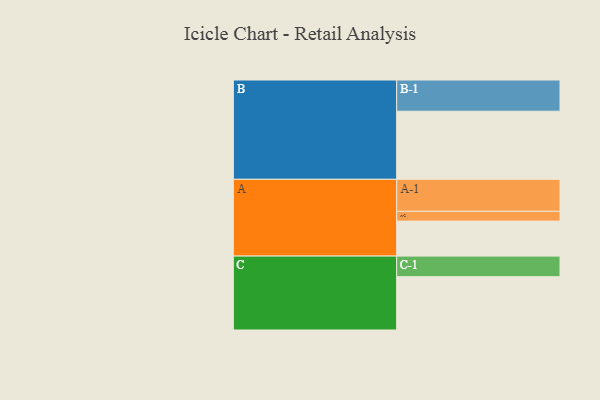
{"axis": {"x": "Segment", "y": "Value"}, "legend": ["", "A", "B", "C"], "data": [{"x": "A", "y": 307, "type": ""}, {"x": "B", "y": 598, "type": ""}, {"x": "C", "y": 468, "type": ""}, {"x": "A-1", "y": 281, "type": "A"}, {"x": "A-2", "y": 86, "type": "A"}, {"x": "B-1", "y": 274, "type": "B"}, {"x": "C-1", "y": 181, "type": "C"}]}